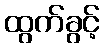
ထွက်ခွင့်